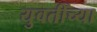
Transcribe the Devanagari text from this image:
युवतींच्या